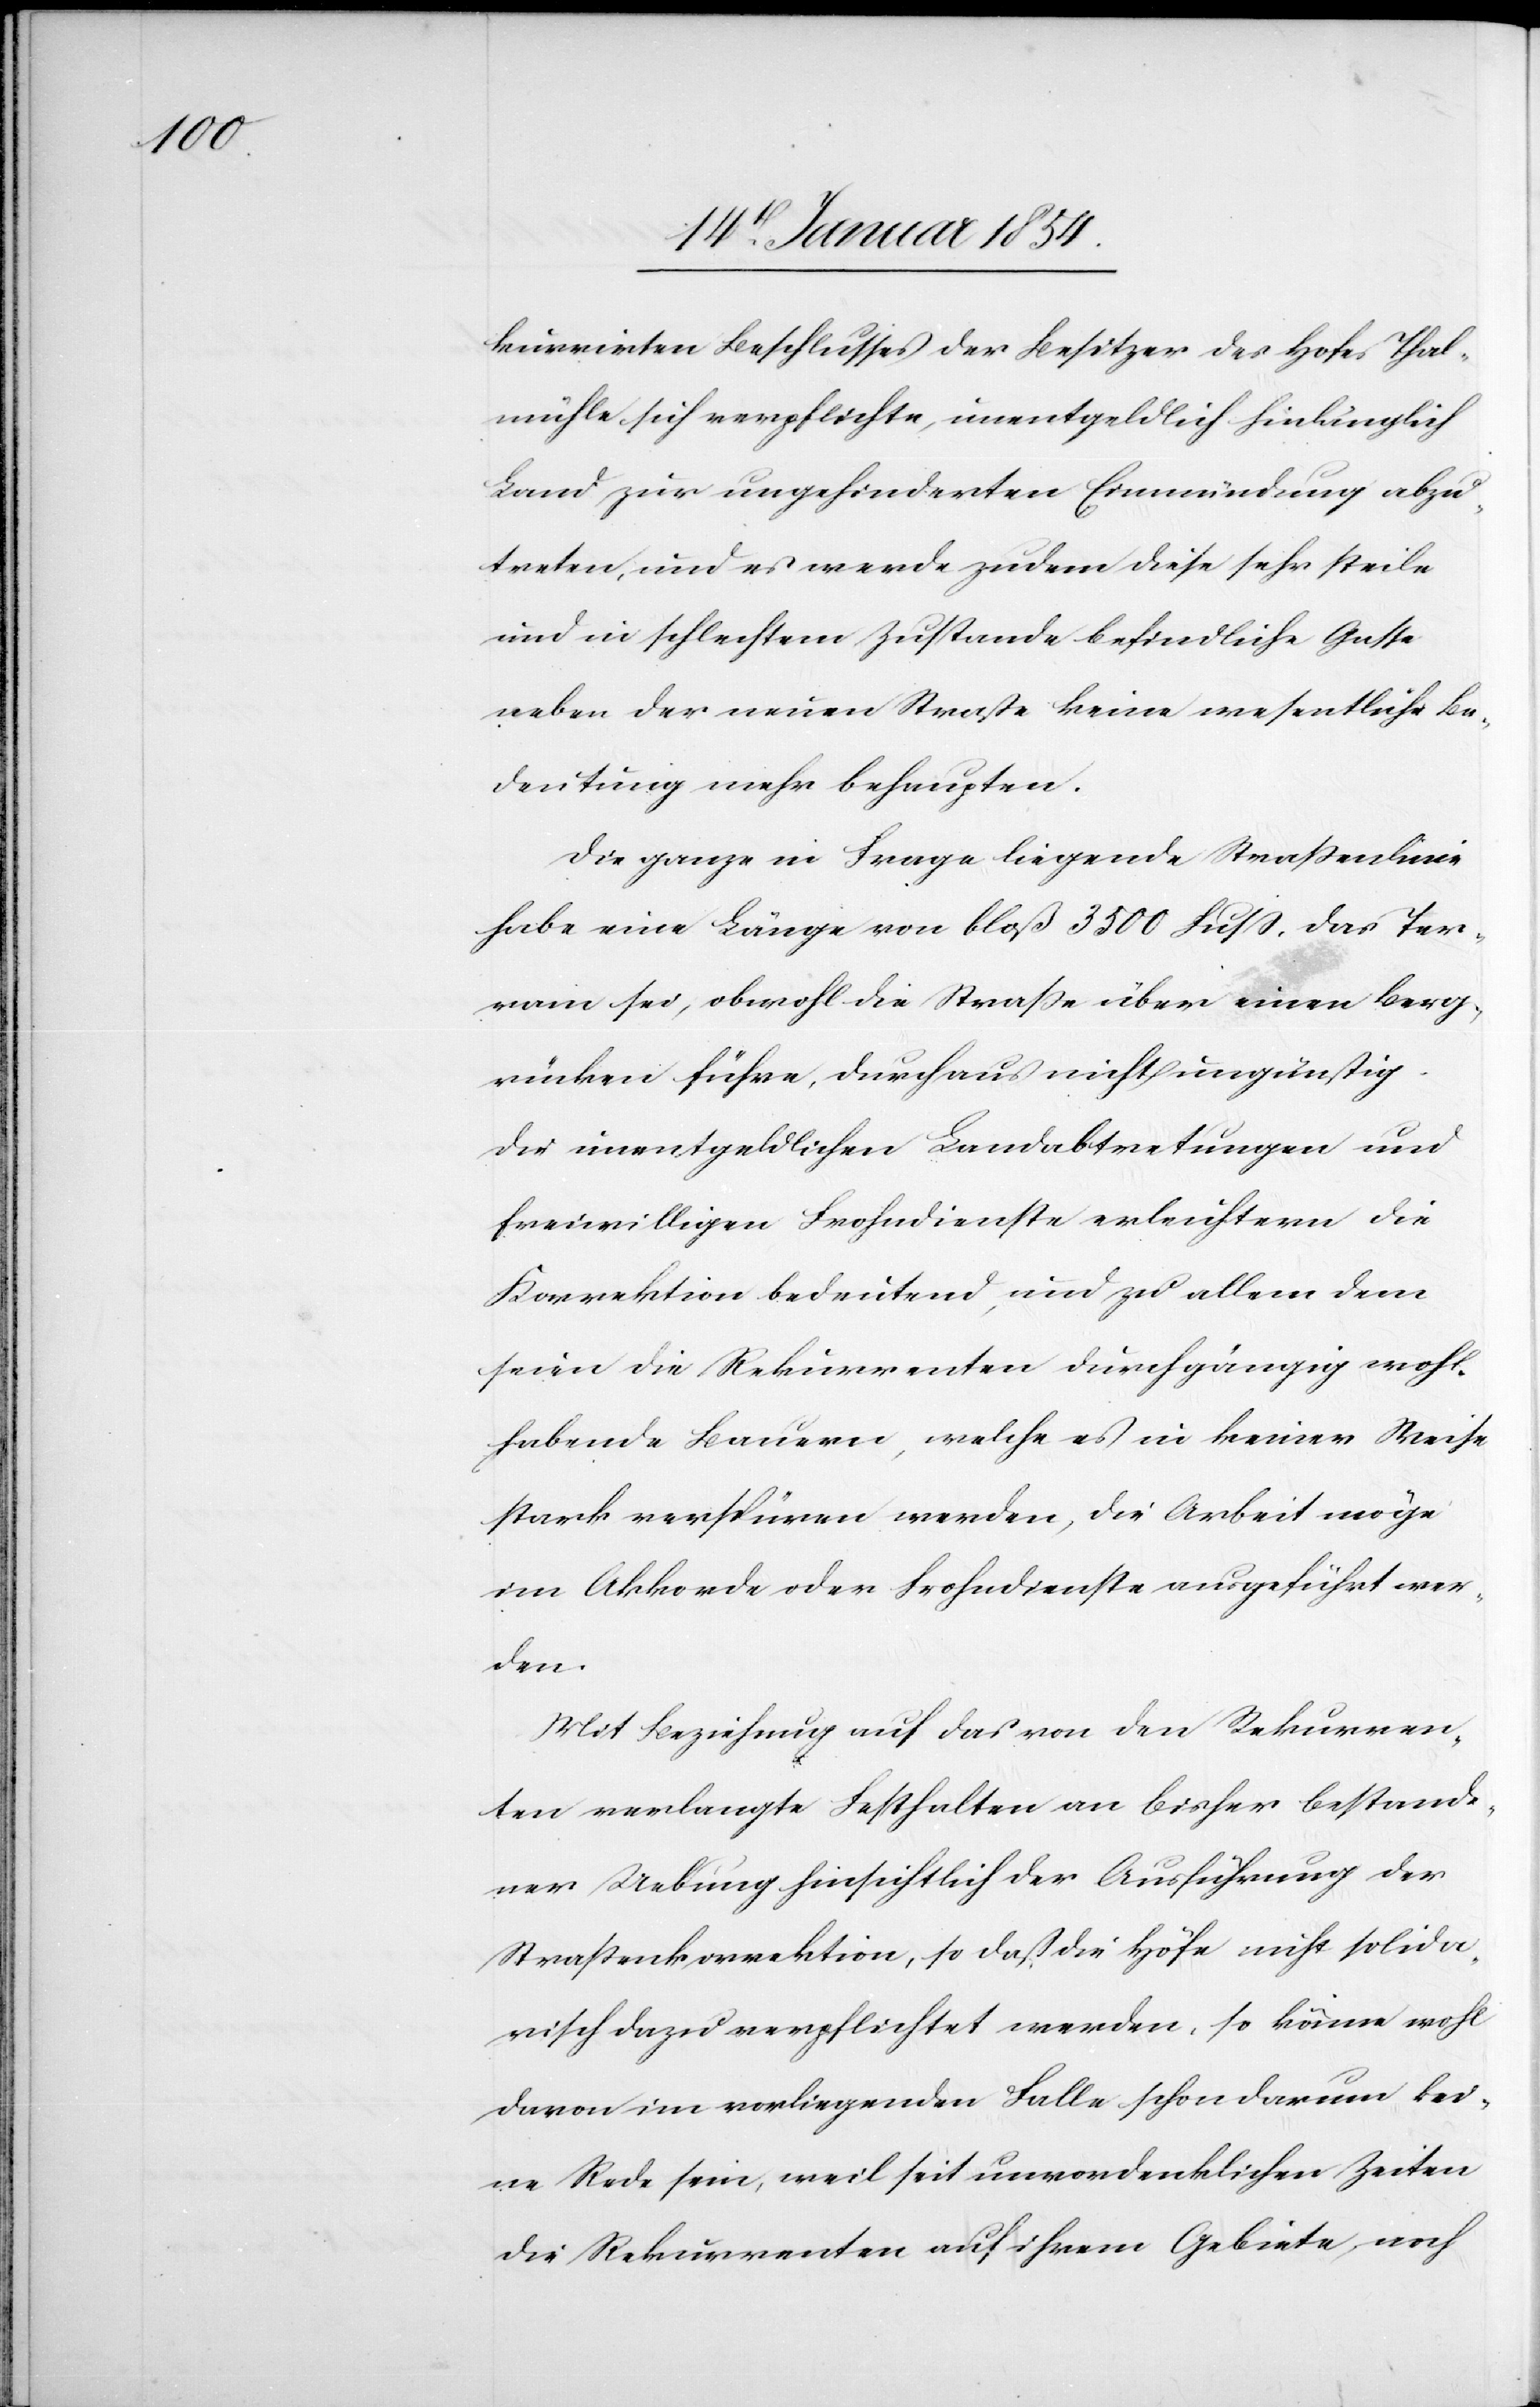
kurrirten Beschlusses der Besitzer des Hofes Thal¬
mühle sich verpflichte, unentgeldlich hinlänglich
Land zur ungehinderten Einmündung abzu¬
treten, und es werde zudem diese sehr steile
und in schlechtem Zustande befindliche Gasse
neben der neuen Straße keine wesentliche Be¬
deutung mehr behaupten.
Die ganze in Frage liegende Straßenlinie
habe eine Länge von bloß 3500 Fuß, das Ter¬
rain sei, obwohl die Straße über einen Berg¬
rücken führe, durchaus nicht ungünstig
die unentgeldlichen Landabtretungen und
freiwilligen Frohndienste erleichtern die
Korrektion bedeutend, und zu allem dem
seien die Rekurrenten durchgängig wohl¬
habende Bauern, welche es in keiner Weise
stark verspüren werden, die Arbeite möge
im Akkorde oder Frohndienste angeführt wer¬
den.
Mit Beziehung auf das von den Rekurren¬
ten verlangte Festhalten an bisher bestande¬
ner Uebung hinsichtlich der Ausführung der
Straßenkorrektion, so daß die Höfe nicht solida¬
risch dazu verpflichtet werden, so könne wohl
davon im vorliegenden Falle schon darum kei¬
ne Rede sein, weil seit unvordenklichen Zeiten
die Rekurrenten auf ihrem Gebiete noch